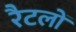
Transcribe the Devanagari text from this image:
रैटलों